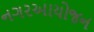
નગરઆયોજન